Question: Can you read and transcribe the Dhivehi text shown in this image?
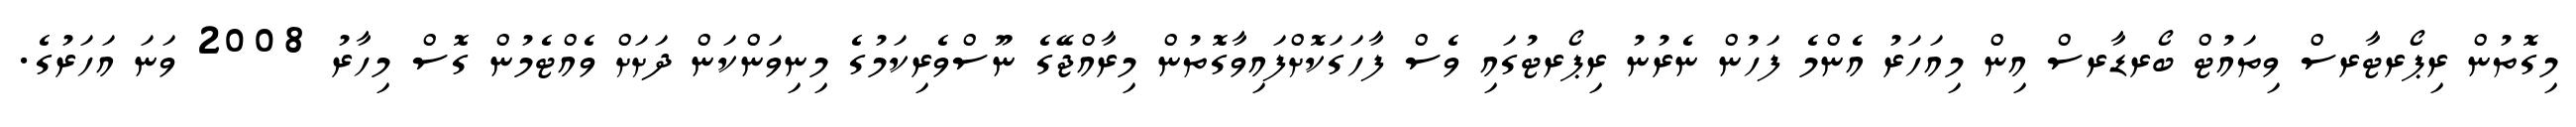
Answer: މިގޮތުން ރިޕޯރޓާރސް ވިތައުޓް ބޯރޑާރސް އިން މިއަހަރު އެންމެ ފަހުން ނެރުނު ރިޕޯރޓުގައި ވެސް ފާހަގަކޮށްފައިވާގޮތުން މިރާއްޖޭގެ ނޫސްވެރިކަމުގެ މިނިވަންކަން ދަށަށް ވެއްޓެމުން ގޮސް މިހާރު 2008 ވަނަ އަހަރުގެ.